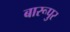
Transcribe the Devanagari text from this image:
बारूपुर